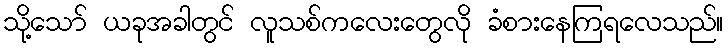
သို့သော် ယခုအခါတွင် လူသစ်ကလေးတွေလို ခံစားနေကြရလေသည်။